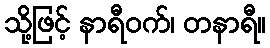
သို့ဖြင့် နာရီဝက်၊ တနာရီ။